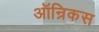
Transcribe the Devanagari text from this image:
ऑन्रिकस